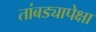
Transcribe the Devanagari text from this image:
तांबड्यापेक्षा